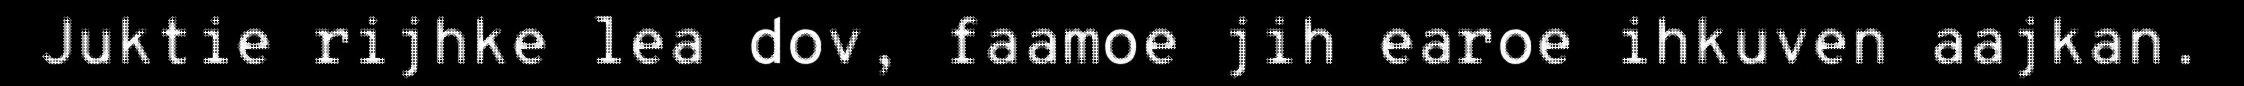
Juktie rijhke lea dov, faamoe jih earoe ihkuven aajkan.